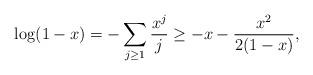
LaTeX: \begin{align*}\log(1-x)=-\sum_{j \ge 1} \frac{x^j}{j} \ge -x-\frac{x^2}{2(1-x)}, \end{align*}